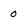
Character: 0